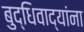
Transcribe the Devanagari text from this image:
बुद्धिवाद्यांना